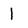
Character: 1